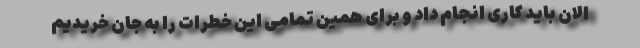
الان باید کاری انجام داد و برای همین تمامی این خطرات را به جان خریدیم